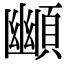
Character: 䫜